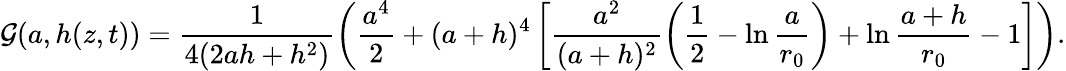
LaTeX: \mathcal{G}(a,h(z,t))=\frac{1}{4(2ah+h^{2})}\left(\frac{a^{4}}{2}+(a+h)^{4}\left[\frac{a^{2}}{(a+h)^{2}}\left(\frac{1}{2}-\ln\frac{a}{r_{0}}\right)+\ln\frac{a+h}{r_{0}}-1\right]\right).